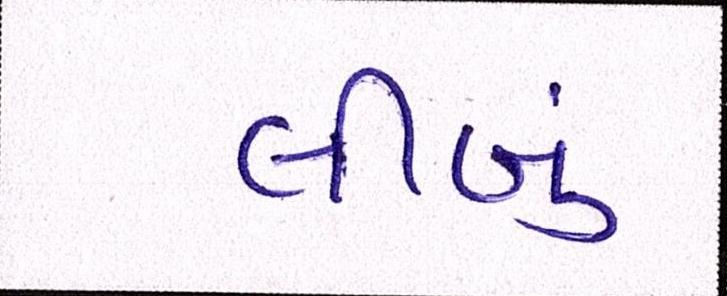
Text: લીબું